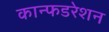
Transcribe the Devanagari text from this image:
कान्फडरेशन